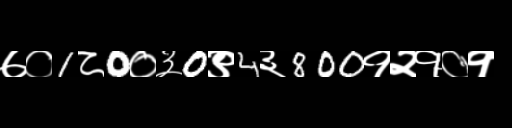
Text: ७०1८0०३0९4३800१२१०१